Report on sanitation, dispensaries, and jails in Rajputana for 1921, and on vaccination for the year 1921-1922 - 1921-1922
Year: 1921
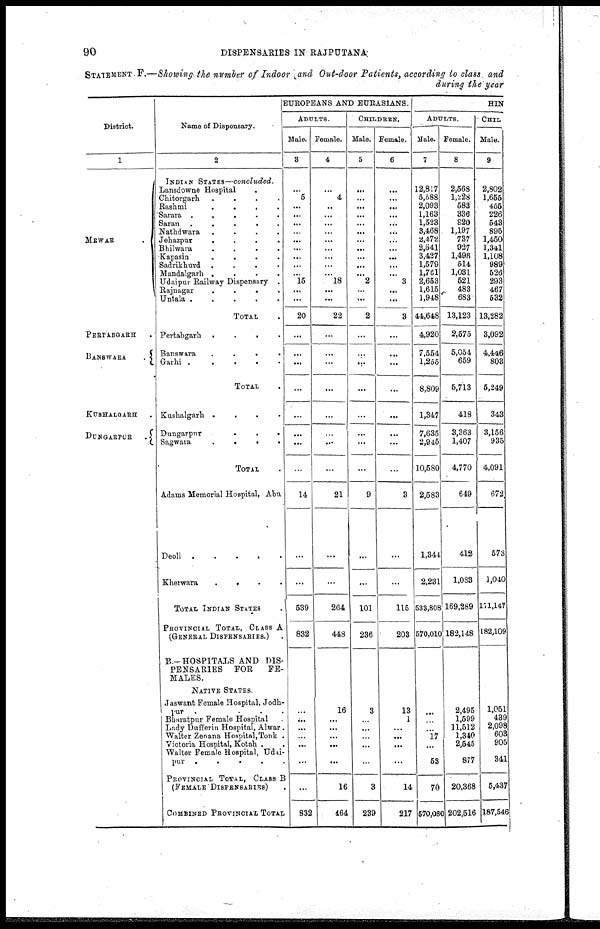
90
DISPENSARIES IN RAJPUTANA
STATEMENT.F.—Showing the number of Indoor and Out-door Patients, according to class and
during the year
District.
1
MEWAR .
PERTABGARH .
BANSWARA
.
KUSHALGARH .
DUNGARPUR
.
Name of Dispensary.
2
INDIAN STATES—concluded.
Lansdowne Hospital .
Chitorgarh
....
Rashmi
....
Sarara
....
Saran
.....
Nathdwara
....
Jehazpur
....
Bhilwara
....
Kapasin
....
Sadrikhurd ....
Mandalgarh
....
Udaipur Railway Dispensary .
Rajnagar
....
Untala
.....
TOTAL .
Pertabgarh
....
Banswara
....
Garhi
TOTAL .
Kushalgarh
....
Dungarpur
...
Sagwara
....
TOTAL .
Adams Memorial Hospital, Abu
Deoli
Kherwara
.....
TOTAL INDIAN STATES .
PROVINCIAL TOTAL, CLASS A
(GENERAL DISPENSARIES.) .
B.—HOSPITALS AND DIS-
- - - - - - - - -
FOR
FE-
MALES.
NATIVE STATES.
Jaswant Female Hospital, Jodh-
pur
....
Bharatpur Female Hospital .
Lady Dufferin Hospital, Alwar.
Walter Zenana Hospital, Tonk .
Victoria Hospital, Kotah ..
Walter Female Hospital, Udai-
pur
.....
PROVINCIAL TOTAL, CLASS B
(FEMALE DISPENSARIES)
COMBINED PROVINCIAL TOTAL
EUROPEANS AND EURASIANS.
ADULTS.
Male.
3
...
5
...
...
...
...
...
...
...
...
...
15
...
...
20
...
...
...
...
...
...
...
...
14
...
...
539
832
...
...
...
...
...
...
...
832
Female.
4
...
4
...
...
...
...
...
...
...
...
...
18
...
...
22
...
...
...
...
...
...
...
...
21
...
...
264
448
16
...
...
...
...
...
16
464
CHILDREN.
Male.
5
...
...
...
...
...
...
...
...
...
...
...
2
...
...
2
...
...
...
...
...
...
...
...
9
...
...
101
236
3
...
...
...
...
...
3
239
Female.
6
...
...
...
...
...
...
...
...
...
...
...
3
...
...
3
...
...
...
...
...
...
...
...
3
...
...
115
203
13
1
...
...
...
...
14
217
HIN
ADULTS.
Male.
7
12,817
5,588
2,093
1,163
1,523
3,468
2,472
2,641
3,427
1,579
1,761
2,653
1,615
1,948
44,648
4,920
7,554
1,255
8,809
1,347
7,635
2,945
10,580
2,583
1,344
2,231
533,808
570,010
...
...
...
17
...
53
70
570,080
Female.
8
2,568
1,228
583
336
820
1,197
737
927
1,498
514
1,031
521
483
683
13,123
2,575
5,054
659
5,713
418
3,363
1,407
4,770
649
412
1,083
169,289
182,148
2,495
1,599
11,512
1,340
2,545
877
20,368
202,516
CHIL
Male.
9
2,802
1,655
455
226
543
895
1,450
1,341
1,108
989
526
293
467
532
13,282
3,092
4,446
803
5,249
343
3,156
935
4,091
672
573
1,040
171,147
182,109
1,051
439
2,098
603
905
341
5,437
187,546